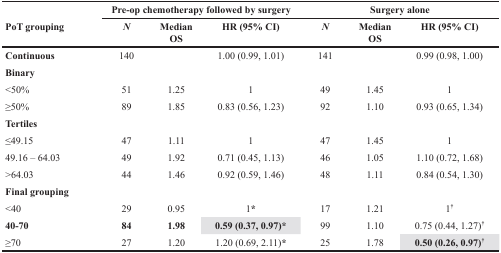
<table><thead><tr><td rowspan="2"><b>PoT grouping</b></td><td colspan="3"><b>Pre-op chemotherapy followed by surgery</b></td><td colspan="3"><b>Surgery alone</b></td></tr><tr><td><b><i>N</i></b></td><td><b>Median OS</b></td><td><b>HR (95% CI)</b></td><td><b><i>N</i></b></td><td><b>Median OS</b></td><td><b>HR (95% CI)</b></td></tr></thead><tbody><tr><td><b>Continuous</b></td><td>140</td><td>[EMPTY_CELL]</td><td>1.00 (0.99, 1.01)</td><td>141</td><td>[EMPTY_CELL]</td><td>0.99 (0.98, 1.00)</td></tr><tr><td><b>Binary</b></td><td>[EMPTY_CELL]</td><td>[EMPTY_CELL]</td><td>[EMPTY_CELL]</td><td>[EMPTY_CELL]</td><td>[EMPTY_CELL]</td><td>[EMPTY_CELL]</td></tr><tr><td>&lt;50%</td><td>51</td><td>1.25</td><td>1</td><td>49</td><td>1.45</td><td>1</td></tr><tr><td>≥50%</td><td>89</td><td>1.85</td><td>0.83 (0.56, 1.23)</td><td>92</td><td>1.10</td><td>0.93 (0.65, 1.34)</td></tr><tr><td><b>Tertiles</b></td><td>[EMPTY_CELL]</td><td>[EMPTY_CELL]</td><td>[EMPTY_CELL]</td><td>[EMPTY_CELL]</td><td>[EMPTY_CELL]</td><td>[EMPTY_CELL]</td></tr><tr><td>≤49.15</td><td>47</td><td>1.11</td><td>1</td><td>47</td><td>1.45</td><td>1</td></tr><tr><td>49.16 – 64.03</td><td>49</td><td>1.92</td><td>0.71 (0.45, 1.13)</td><td>46</td><td>1.05</td><td>1.10 (0.72, 1.68)</td></tr><tr><td>&gt;64.03</td><td>44</td><td>1.46</td><td>0.92 (0.59, 1.46)</td><td>48</td><td>1.11</td><td>0.84 (0.54, 1.30)</td></tr><tr><td><b>Final grouping</b></td><td>[EMPTY_CELL]</td><td>[EMPTY_CELL]</td><td>[EMPTY_CELL]</td><td>[EMPTY_CELL]</td><td>[EMPTY_CELL]</td><td>[EMPTY_CELL]</td></tr><tr><td>&lt;40</td><td>29</td><td>0.95</td><td>1<b>*</b></td><td>17</td><td>1.21</td><td>1<b><sup>†</sup></b></td></tr><tr><td><b>40-70</b></td><td><b>84</b></td><td><b>1.98</b></td><td><b>0.59 (0.37, 0.97)*</b></td><td>99</td><td>1.10</td><td>0.75 (0.44, 1.27)<b><sup>†</sup></b></td></tr><tr><td>≥70</td><td>27</td><td>1.20</td><td>1.20 (0.69, 2.11)<b>*</b></td><td>25</td><td>1.78</td><td><b>0.50 (0.26, 0.97)<sup>†</sup></b></td></tr></tbody></table>